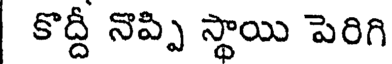
కొద్దీ నొప్పి స్థాయి పెరిగి